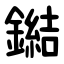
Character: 鐑